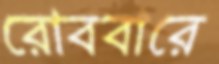
রোববারে